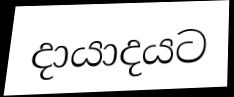
දායාදයට